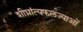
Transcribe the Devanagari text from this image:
शीघ्रांत्यफलज्याओं